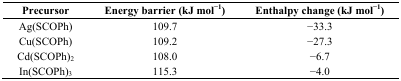
<table><thead><tr><td><b>Precursor</b></td><td><b>Energy barrier (kJ mol<sup>−1</sup>)</b></td><td><b>Enthalpy change (kJ mol<sup>−1</sup>)</b></td></tr></thead><tbody><tr><td>Ag(SCOPh)</td><td>109.7</td><td>−33.3</td></tr><tr><td>Cu(SCOPh)</td><td>109.2</td><td>−27.3</td></tr><tr><td>Cd(SCOPh)<sub>2</sub></td><td>108.0</td><td>−6.7</td></tr><tr><td>In(SCOPh)<sub>3</sub></td><td>115.3</td><td>−4.0</td></tr></tbody></table>